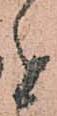
者